Plague in India, 1896, 1897 - Volume 2
Year: 1896
Disease focus: Plague
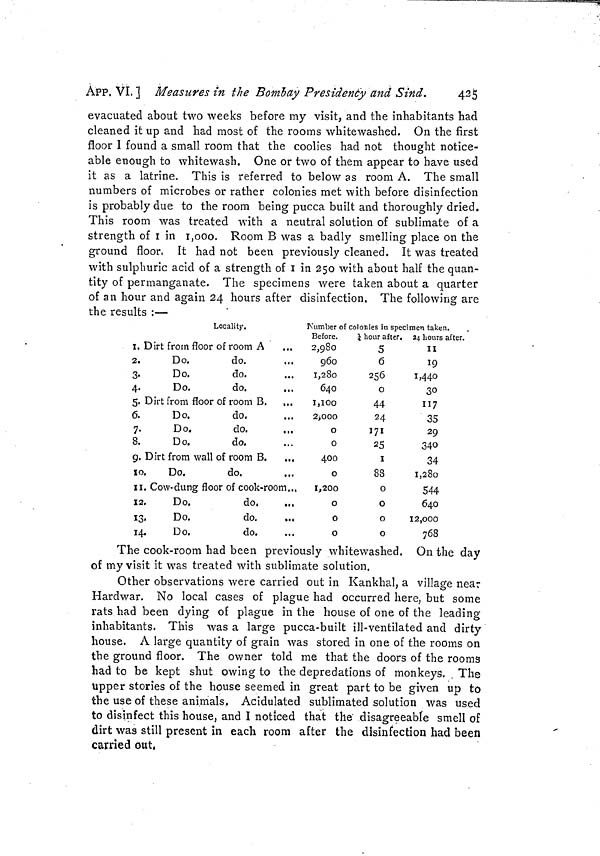
ApP, VI. ] Measures in the Bombay Presidency and Sind.
435
evacuated about two weeks before my visit, and the inhabitants had
cleaned it up and had most of the rooms whitewashed. On the first
floor I found a small room that the coolies had not thought notice-
able enough to whitewash. One or two of them appear to have used
it as a latrine. This is referred to below as room A. The small
numbers of microbes or rather colonies met with before disinfection
is probably due to the room being pucca built and thoroughly dried.
This room was treated with a neutral solution of sublimate of a
strength of 1 in 1,000. Room B was a badly smelling place on the
ground floor. It had not been previously cleaned. It was treated
with sulphuric acid of a strength of 1 in 250 with about half the quan-
tity of permanganate. The specimens were taken about a quarter
of an hour and again 24 hours after disinfection. The following are
the results :—
Locality,
1
2.
3.
4.
5.
6.
7.
8.
9.
10.
11.
12.
13.
14.
Dirt from floor of room A
Do.
do.
Do.
do.
Do.
do.
Dirt from floor of room B.
...
Do.
do.
Do.
do.
Do.
do.
Dirt from wall of room B.
...
Do.
do.
. Cow-dung floor of cook-room..
Do.
do.
Do.
do.
Do.
do.
Number of colonies in specimen taken.
Before.
2,980
960
1,280
640
1,100
2,000
0
0
400
0
1,200
0
0
0
1 hour after.
5
6
256
o
44
24
171
25
1
88
0
0
0
0
24 hours after.
11
19
1,440
30
117
35
29
340
34
1,280
544
640
12,000
768
The cook-room had been previously whitewashed. On the day
of my visit it was treated with sublimate solution.
Other observations were carried out in Kankhal, a village near
Hardwar. No local cases of plague had occurred here, but some
rats had been dying of plague in the house of one of the leading
inhabitants. This was a large pucca-built ill-ventilated and dirty
house. A large quantity of grain was stored in one of the rooms on
the ground floor. The owner told me that the doors of the rooms
had to be kept shut owing to the depredations of monkeys. . The
upper stories of the house seemed in great part to be given up to
the use of these animals. Acidulated sublimated solution was used
to disinfect this house, and I noticed that the disagreeable smell of
dirt was still present in each room after the disinfection had been
carried out.